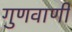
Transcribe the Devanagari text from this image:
गुणवाणी